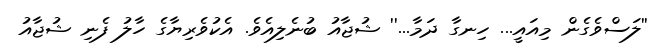
''ލަސްވެގެން މިއައީ... ހިނގާ ދަމާ...'' ޝުޖާއު ބުނެލިއެވެ. އެކުވެރިޔާގެ ހާލު ފެނި ޝުޖާއު